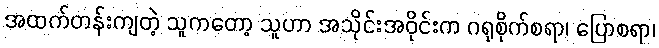
အထက်တန်းကျတဲ့ သူကတော့ သူဟာ အသိုင်းအဝိုင်းက ဂရုစိုက်စရာ၊ ပြောစရာ၊